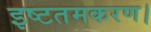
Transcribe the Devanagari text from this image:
इष्टतमकरण।